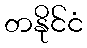
တနိုင်ငံ